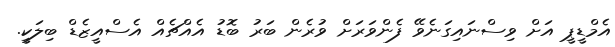
އެމްޑީޕީ އަށް ވިސްނައިގަނެވޭ ފެންވަރަށް ވުރެން ބަރު ބޮޑު އެއްޗެއް އެސްއީޒެޑް ބިލަކީ.